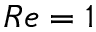
R e = 1